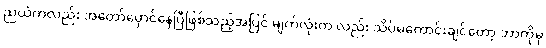
ညယံကလည်း အတော်မှောင်နေပြီဖြစ်သည့်အပြင် မျက်လုံးက လည်း သိပ်မကောင်းချင်တော့ ဘာကိုမှ